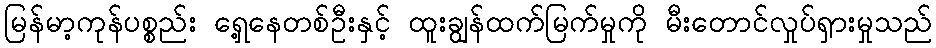
မြန်မာ့ကုန်ပစ္စည်း ရှေ့နေတစ်ဦးနှင့် ထူးချွန်ထက်မြက်မှုကို မီးတောင်လှုပ်ရှားမှုသည်